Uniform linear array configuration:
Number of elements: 4
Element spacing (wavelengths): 0.75
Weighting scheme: binomial
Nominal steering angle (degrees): -15
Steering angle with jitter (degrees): -16.331
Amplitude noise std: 0.05
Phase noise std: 0.05

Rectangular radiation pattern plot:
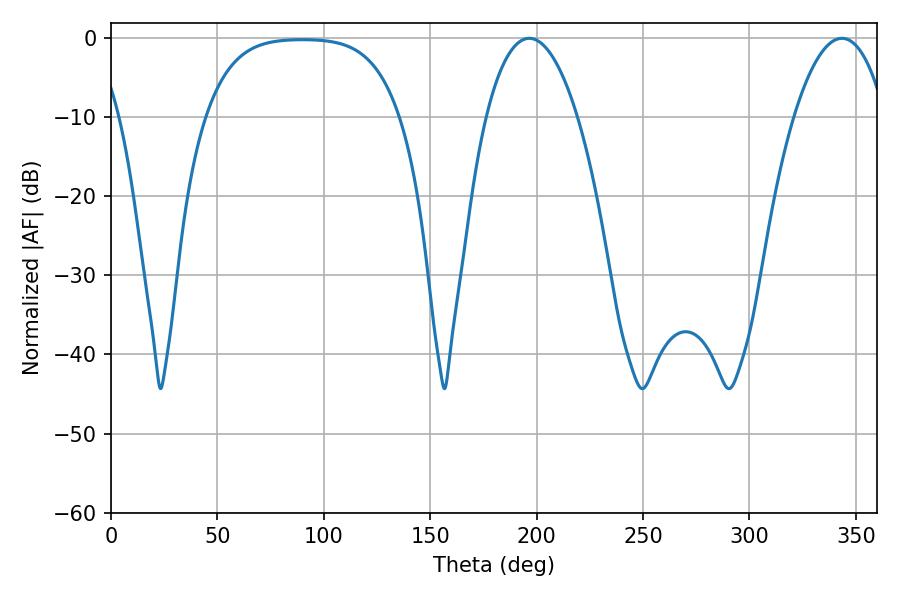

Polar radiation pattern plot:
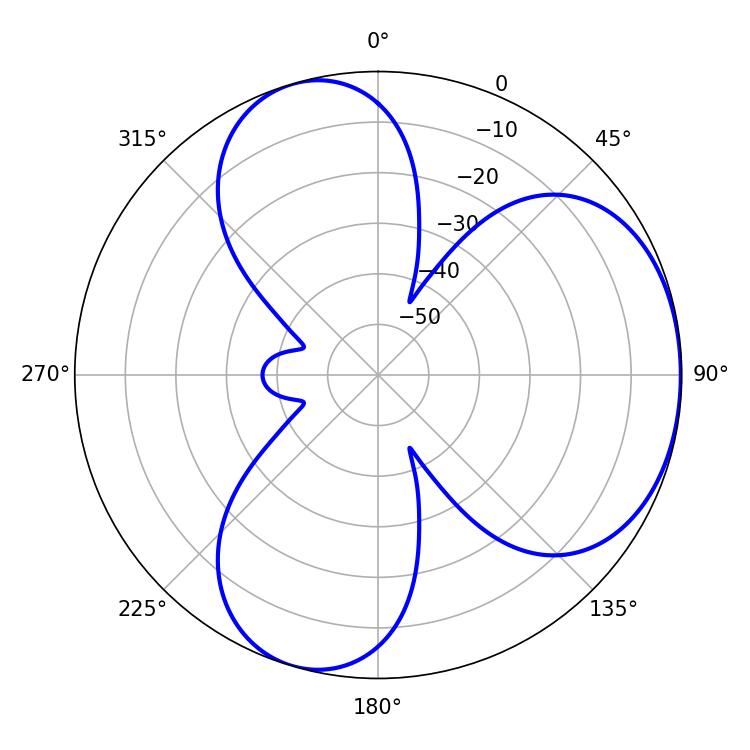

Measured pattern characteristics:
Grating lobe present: TRUE
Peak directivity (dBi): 4.328
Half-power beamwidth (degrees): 23.94
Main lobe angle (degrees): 196.56